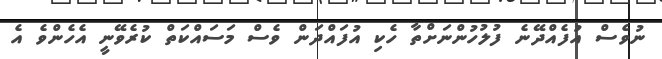
ނުވެސް އުފެއްދޭނެ ފުލުހުންނަށްތާ ހެކި އުފައްދަން ވެސް މަސައްކަތް ކުރެވޭނީ އެހެންވެ އެ